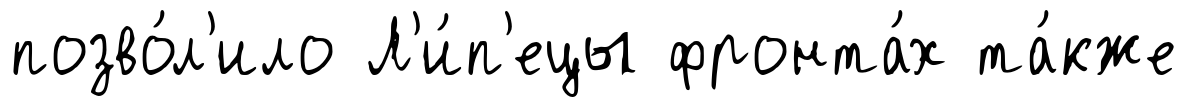
позво́л'ило Л'и́п'ецы фронта́х та́кже